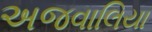
અજવાલિયા